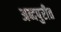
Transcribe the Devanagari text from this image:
अब्दपुरीत